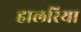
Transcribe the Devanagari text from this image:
हालरिया